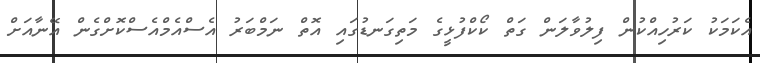
އެކަމަކު ކަރުހިއްކުން ފިލުވާލަން ގަތް ކޯކްފުޅީގެ މަތިގަނޑުގައި އޮތް ނަމްބަރު އެސްއެމްއެސްކޮށްގެން އޭނާއަށް